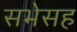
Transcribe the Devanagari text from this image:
सभेसह